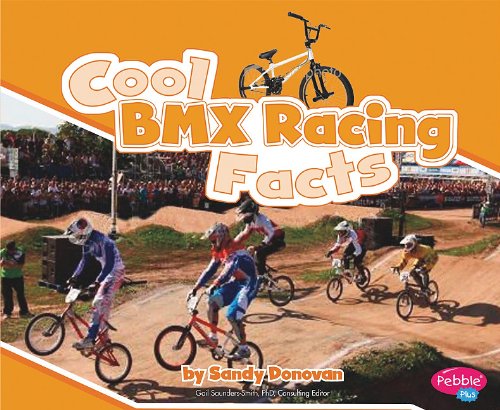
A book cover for Cool BMX Racing Facts (Cool Sports Facts); Sandy Donovan; Children's Books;